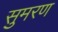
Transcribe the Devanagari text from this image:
सुमरण